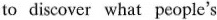
to discover what people's